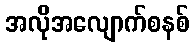
အလိုအလျောက်စနစ်